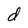
Character: d